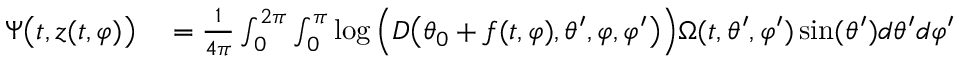
\begin{array} { r l } { \Psi \big ( t , z ( t , \varphi ) \big ) } & { { } = \frac { 1 } { 4 \pi } \int _ { 0 } ^ { 2 \pi } \int _ { 0 } ^ { \pi } \log \Big ( D \big ( \theta _ { 0 } + f ( t , \varphi ) , \theta ^ { \prime } , \varphi , \varphi ^ { \prime } \big ) \Big ) \Omega ( t , \theta ^ { \prime } , \varphi ^ { \prime } ) \sin ( \theta ^ { \prime } ) d \theta ^ { \prime } d \varphi ^ { \prime } } \end{array}